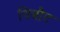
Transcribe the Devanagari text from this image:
थिबौट